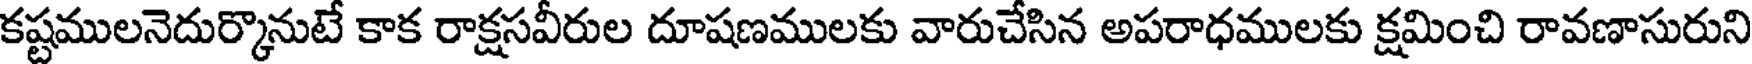
కష్టములనెదుర్కొనుటే కాక రాక్షసవీరుల దూషణములకు వారుచేసిన అపరాధములకు క్షమించి రావణాసురుని